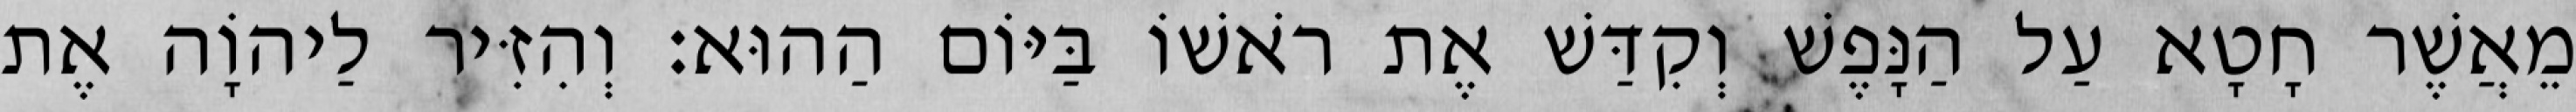
מֵאֲשֶׁר חָטָא עַל הַנָּפֶשׁ וְקִדַּשׁ אֶת רֹאשׁוֹ בַּיּוֹם הַהוּא׃ וְהִזִּיר לַיהוָֹה אֶת